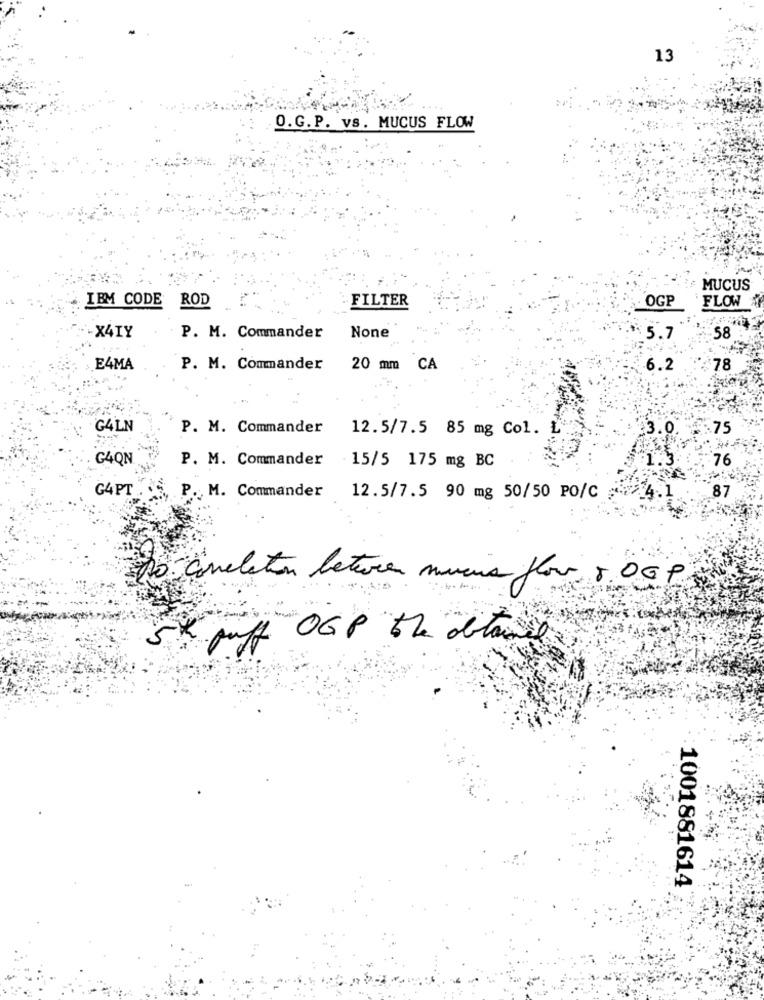
13
O.G.P. vs. MUCUS FLOW
MUCUS
IBM CODE ROD
FILTER
OGP
FLOW
-X4TY
P. M. Commander
5.7
58
E4MA
P. M. Commander
20 mm CA
6.2
$78
G4LN
P. M. Commander
12.5/7.5 85 mg Col.
3.0
1.75
G4QN
P. M. Commander
76
15/5 175 mg BC
G4PT
P.M. Commander
12.5/7.5 90 mg 50/50 PO/C
4.1
87
Do correlation between mucis flow 8 OGP
5% puff OGP the obtained
1001881614